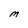
Character: M